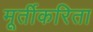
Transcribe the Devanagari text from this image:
मूर्तीकरिता